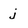
Character: j